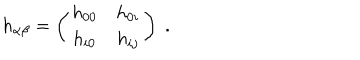
h _ { \alpha \beta } = \left( \begin{array} { c c } { { h _ { 0 0 } } } & { { h _ { 0 i } } } \\ { { h _ { i 0 } } } & { { h _ { i j } } } \\ \end{array} \right) \; .